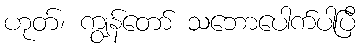
ဟုတ်၊ ကျွန်တော် သဘောပေါက်ပါပြီ